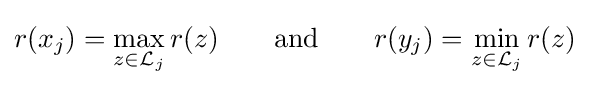
r(x_{j})=\max _{z\in {\mathcal {L}}_{j}}r(z)\qquad {\text{and}}\qquad r(y_{j})=\min _{z\in {\mathcal {L}}_{j}}r(z)